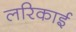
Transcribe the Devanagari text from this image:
लरिकाई